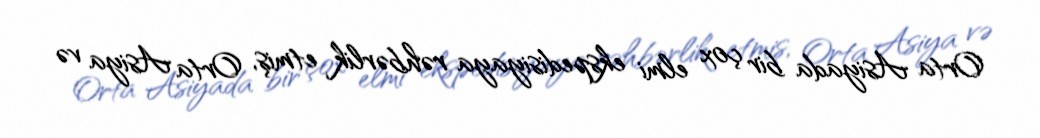
Orta Asiyada bir çox elmi ekspedisiyaya rəhbərlik etmiş, Orta Asiya və